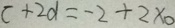
c + 2 d = - 2 + 2 \times 0